Burma Government Medical School reports 1923-41
Year: 1923
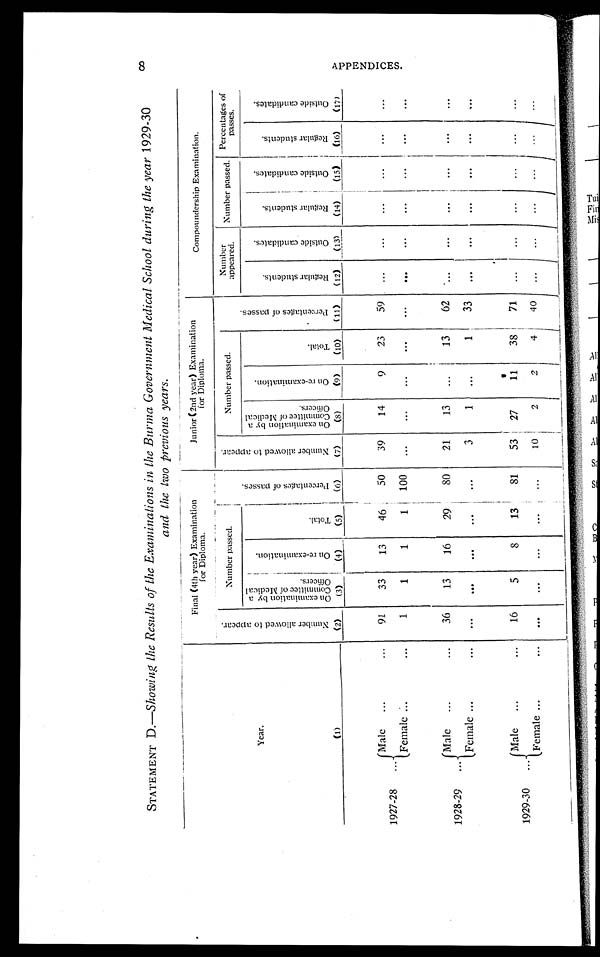
8
STATEMENT D.—Showing the Results of the Examinations in the Burma Go
vernment Medical School during the year 1929-30
and the two previous years.
Year.
(1)
Final (4th year) Examination
for Diploma.
Junior (2nd year) Examination
for Diploma.
Compoundership Examination.
N u m b e r a l l o w e d t o a p p e a r .
(2)
Number passed.
P e r c e n t a g e s o f p a s s e s .
(6)
N u m b e r a l l o w e d t o a p p e a r .
(7)
Number passed.
P r e c e n t a g e s o f p a s s e s .
(11)
Number appeared. Number passed.
Percent ages of passes.
O n e x a m i n a t i o n b y a C o m m i t t e e o f M e d i c a l O f f i c e r s .
(3)
O n r e - e x a m i n a t i o n .
(4)
T o t a l .
( 5)
O n e x a m i n a t i o n b y a C o m m i t t e e o f M e d i c a l O f f i c e r s .
(8)
O n r e - e x a m i n a t i o n .
(9)
Tot al .
(10)
R e g u l a r s t u d e n t s .
(12)
O u t s i d e c a n d i d a t e s .
( 13)
R e g u l a r s t u d e n t s .
(14)
O u t s i d e c a n d i d a t e s .
( 15)
R e g u l a r s t u d e n t s .
( 16)
O u t s i d e c a n d i d a t e s .
( 17)
1927-28
Male
91
33
13
46
50
39
14
9
23
59 ...
...
...
...
...
...
Female
1
1
1
1 100 ...
...
...
...
...
...
...
... ...
...
...
1928-29
Male
36
13
16
29
80
21
13 ...
13
62 ...
...
...
...
...
...
Female
...
...
...
...
...
3
1 ...
1
33 ...
...
...
...
...
...
1929-30
Male
16
5
8
13
81
53 27
11
38
71
...
...
...
...
...
...
Female
...
...
...
...
...
1 0
2
2
4
4 0 ...
...
...
...
...
...
A P P E N D I C E S .